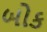
બોક